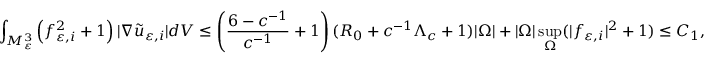
\int _ { M _ { \varepsilon } ^ { 3 } } \left( f _ { \varepsilon , i } ^ { 2 } + 1 \right) | \nabla \tilde { u } _ { \varepsilon , i } | d V \le \left( \frac { 6 - c ^ { - 1 } } { c ^ { - 1 } } + 1 \right) ( R _ { 0 } + c ^ { - 1 } \Lambda _ { c } + 1 ) | \Omega | + | \Omega | \operatorname* { s u p } _ { \Omega } ( | f _ { \varepsilon , i } | ^ { 2 } + 1 ) \le C _ { 1 } ,